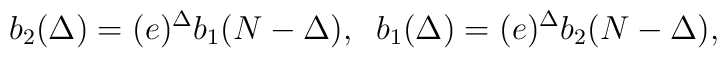
b_2(\Delta)=(e)^\Delta b_1(N-\Delta),\;\;    b_1(\Delta)=(e)^\Delta b_2(N-\Delta), \\